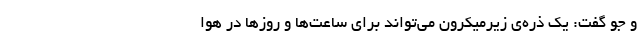
و جو گفت: یک ذره‌ی زیرمیکرون می‌تواند برای ساعت‌ها و روزها در هوا